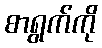
စာရွက်ကို